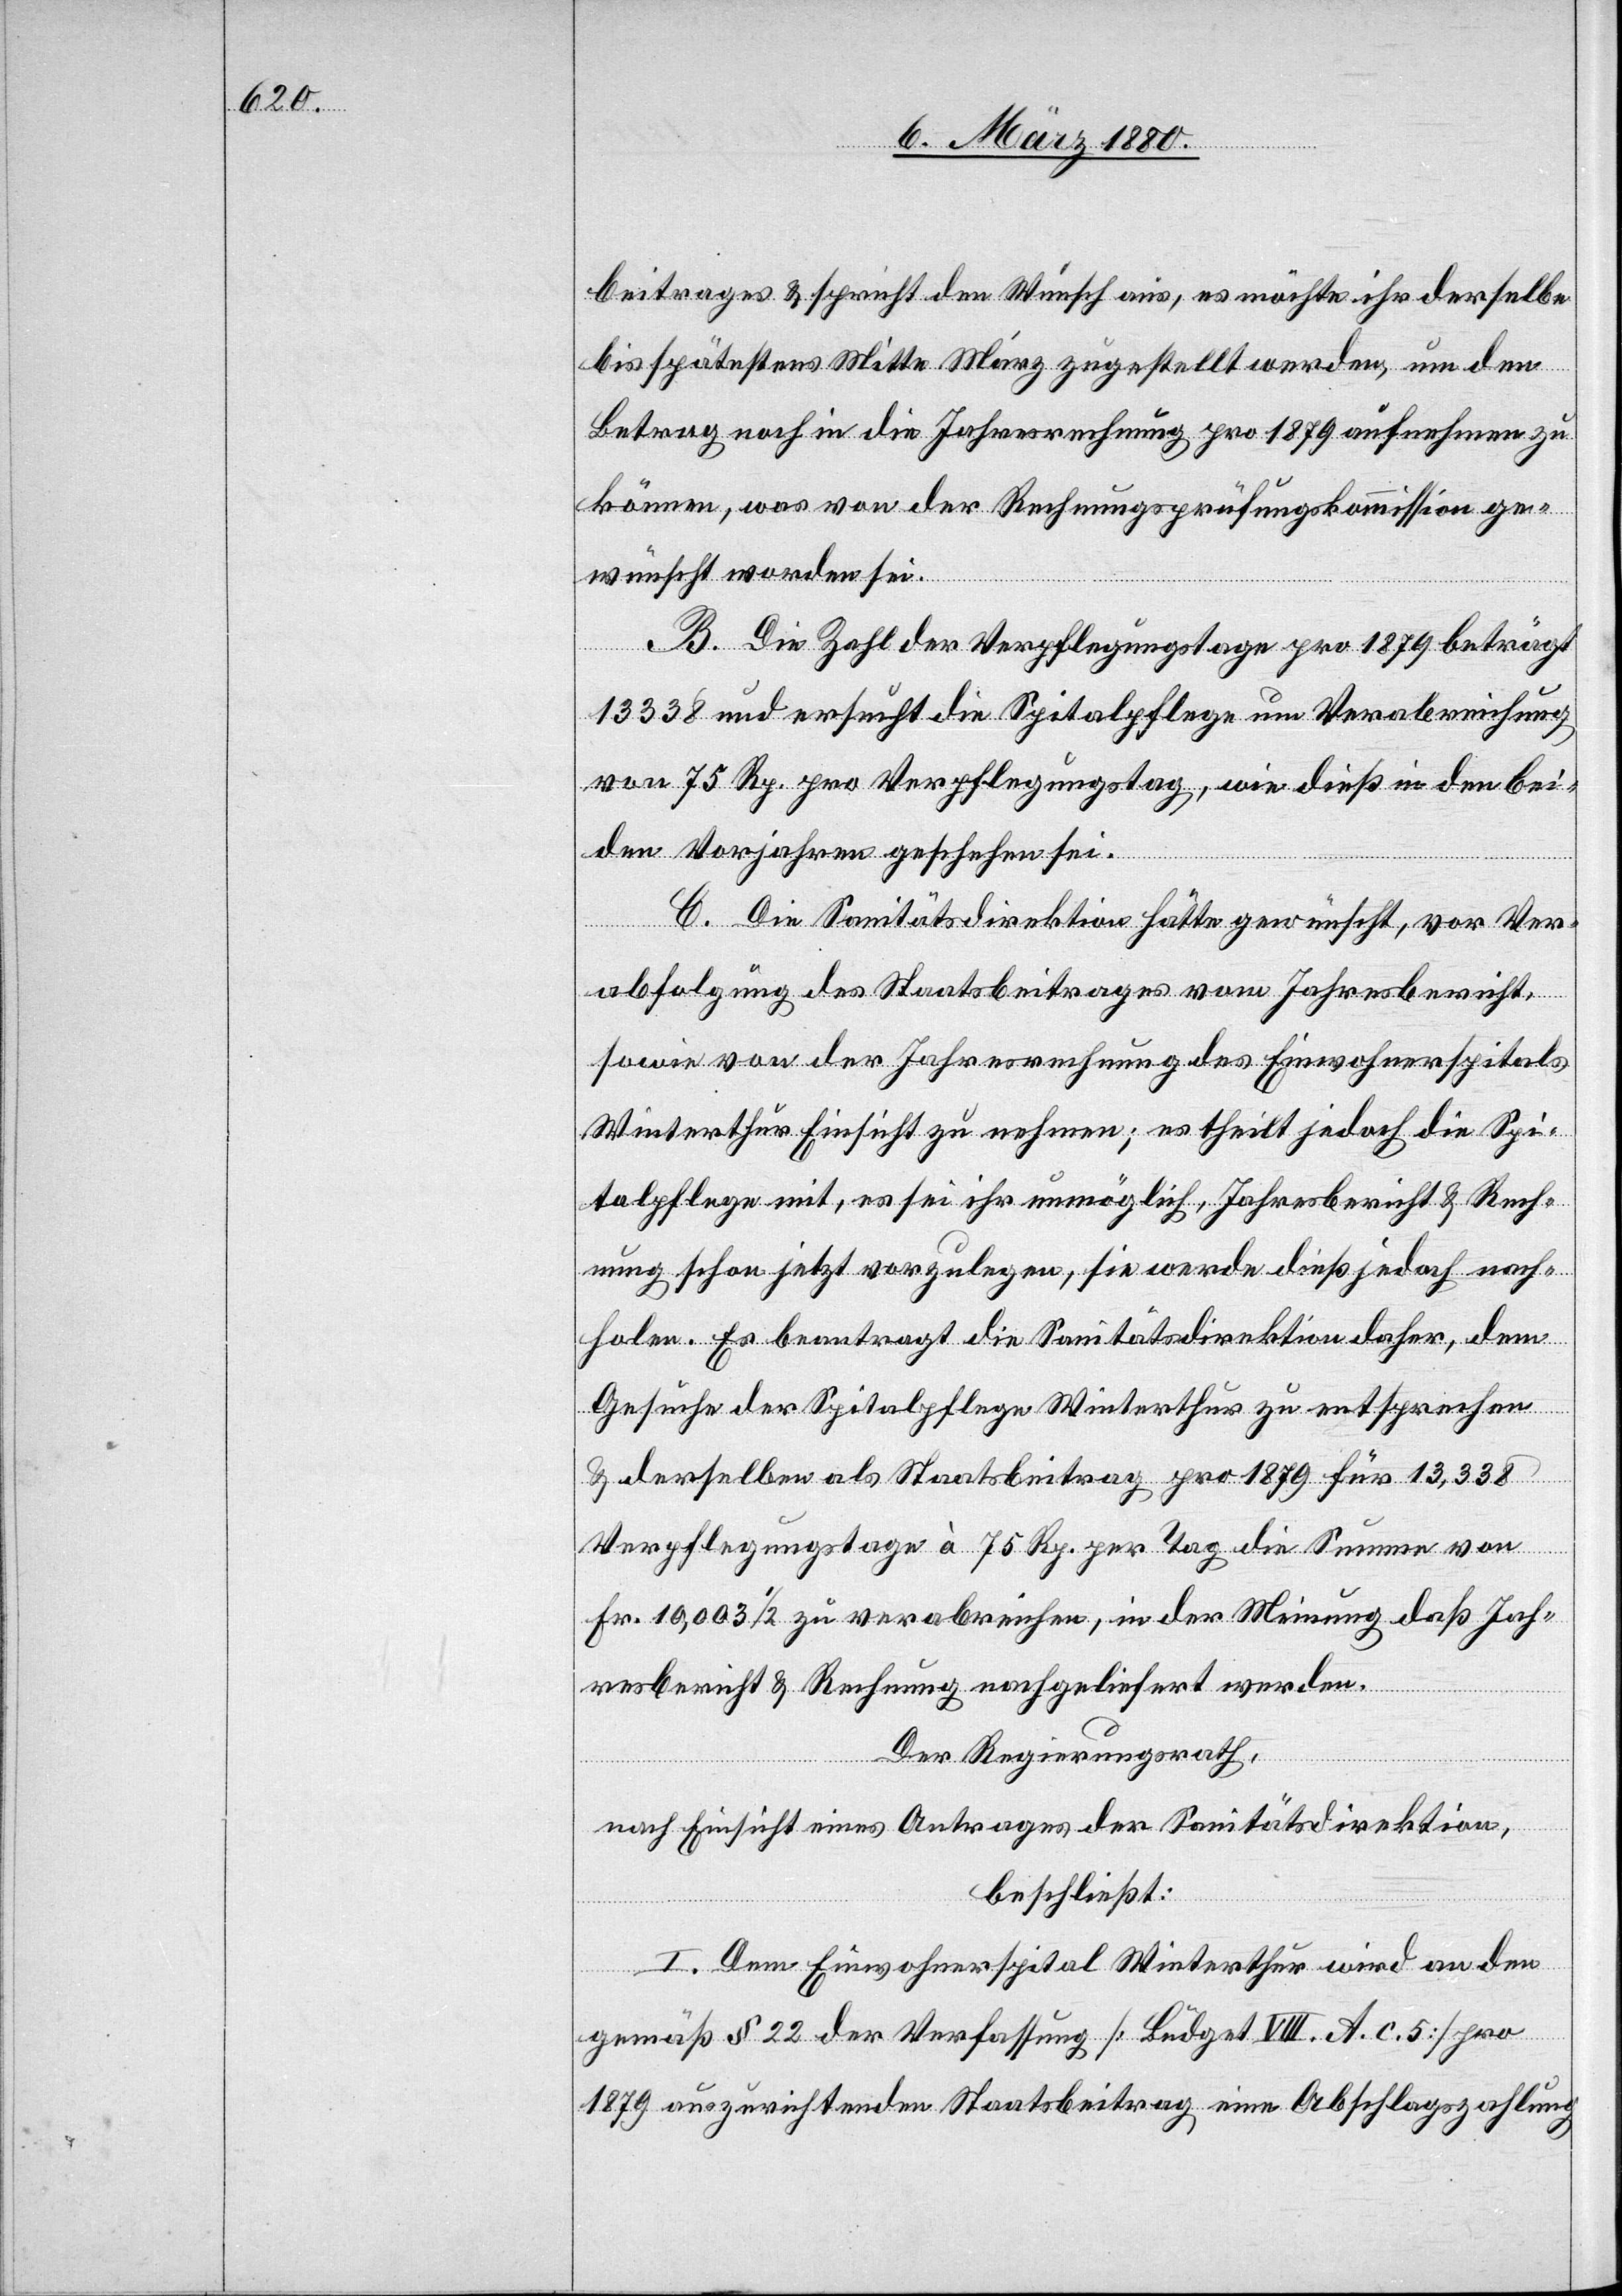
beitrages & sprich den Wunsch aus, es möchte ihr derselbe
bis spätestens Mitte März zugestellt werden, um den
Betrag noch in die Jahresrechnung pro 1879 aufnehmen zu
können, was von der Rechnungsprüfungskommission ge¬
wünscht worden sei.
B. Die Zahl der Verpflegungstage pro 1879 beträgt
13338 und ersucht die Spitalpflege um Verabreichung
von 75 Rp. pro Verpflegungstag, wie dieß in den bei¬
den Vorjahren geschehen sei.
C. Die Sanitätsdirektion hätte gewünscht, vor Ver¬
abfolgung des Staatsbeitrages vom Jahresbericht,
sowie von der Jahresrechnung des Einwohnerspitals
Winterthur Einsicht zu nehmen; es theilt jedoch der Spi¬
talpflege mit, es sei ihr unmöglich, Jahresbericht & Rech¬
nung schon jetzt vorzulegen, sie werde dieß jedoch nach¬
holen. Es beantragt die Sanitätsdirektion daher, dem
Gesuche der Spitalpflege Winterthur zu entsprechen
& derselben als Staatsbeitrag pro 1879 für 13, 338
Verpflegungstage à 75 Rp. per Tag die Summe von
Fr. 10, 003 1/2 zu verabreichen, in der Meinung daß Jah¬
resbericht & Rechnung nachgeliefert werden.
Der Regierungsrath,
nach Einsicht eines Antrages der Sanitätsdirektion,
beschließt:
I. Dem Einwohnerspital Winterthur wird an den
gemäß § 22 der Verfassung [Büdget VIII. A. c. 5.] pro
1879 auszurichtenden Staatsbeitrag eine Abschlagszahlung